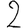
Digit: 2